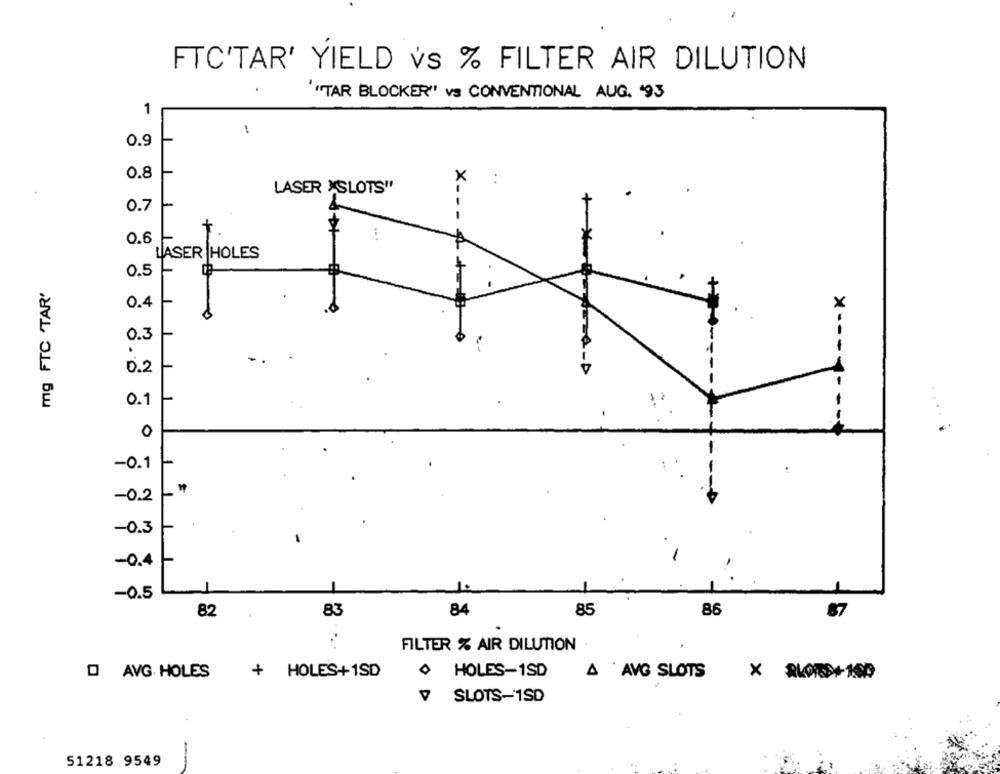
FTC'TAR' YIELD Vs % FILTER AIR DILUTION
"TAR BLOCKER" va CONVENTIONAL AUG. '93
1
0.9
0.8
LASER XSLOTS"
0.7
+
x ---
0.6
LASER HOLES
0.5
+
mg FTC 'TAR'
0.4
0.3
.
0.2
0.1
X ------
0
-0.1
-0.2
-0.3
-0.4
-0.5
85
82
83
84
86
87
FILTER % AIR DILUTION.
+ HOLES+1SD
0 HOLES-1SD
D AVG HOLES
A AVG SLOTS
V SLOTS-1SD
51218 9549
-